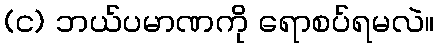
(င) ဘယ်ပမာဏကို ရောစပ်ရမလဲ။